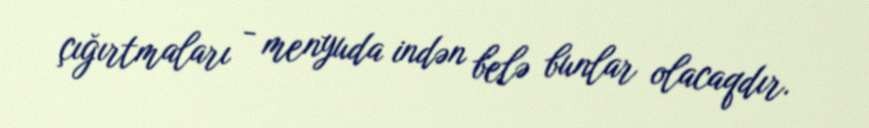
çığırtmaları - menyuda indən belə bunlar olacaqdır.